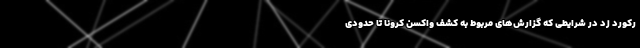
رکورد زد در شرایطی که گزارش‌های مربوط به کشف واکسن کرونا تا حدودی